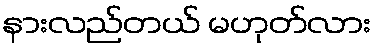
နားလည်တယ် မဟုတ်လား